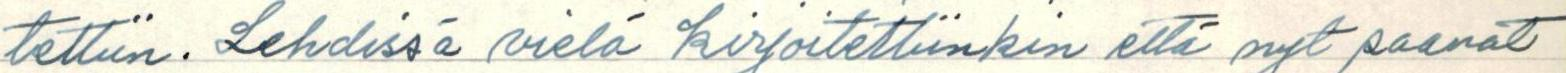
tettiin. Lehdissä vielä kirjoitettiinkin että nyt saavat